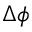
\Delta \phi